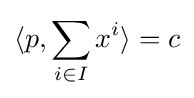
\langle p,\sum _{i\in I}x^{i}\rangle =c